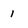
Character: l